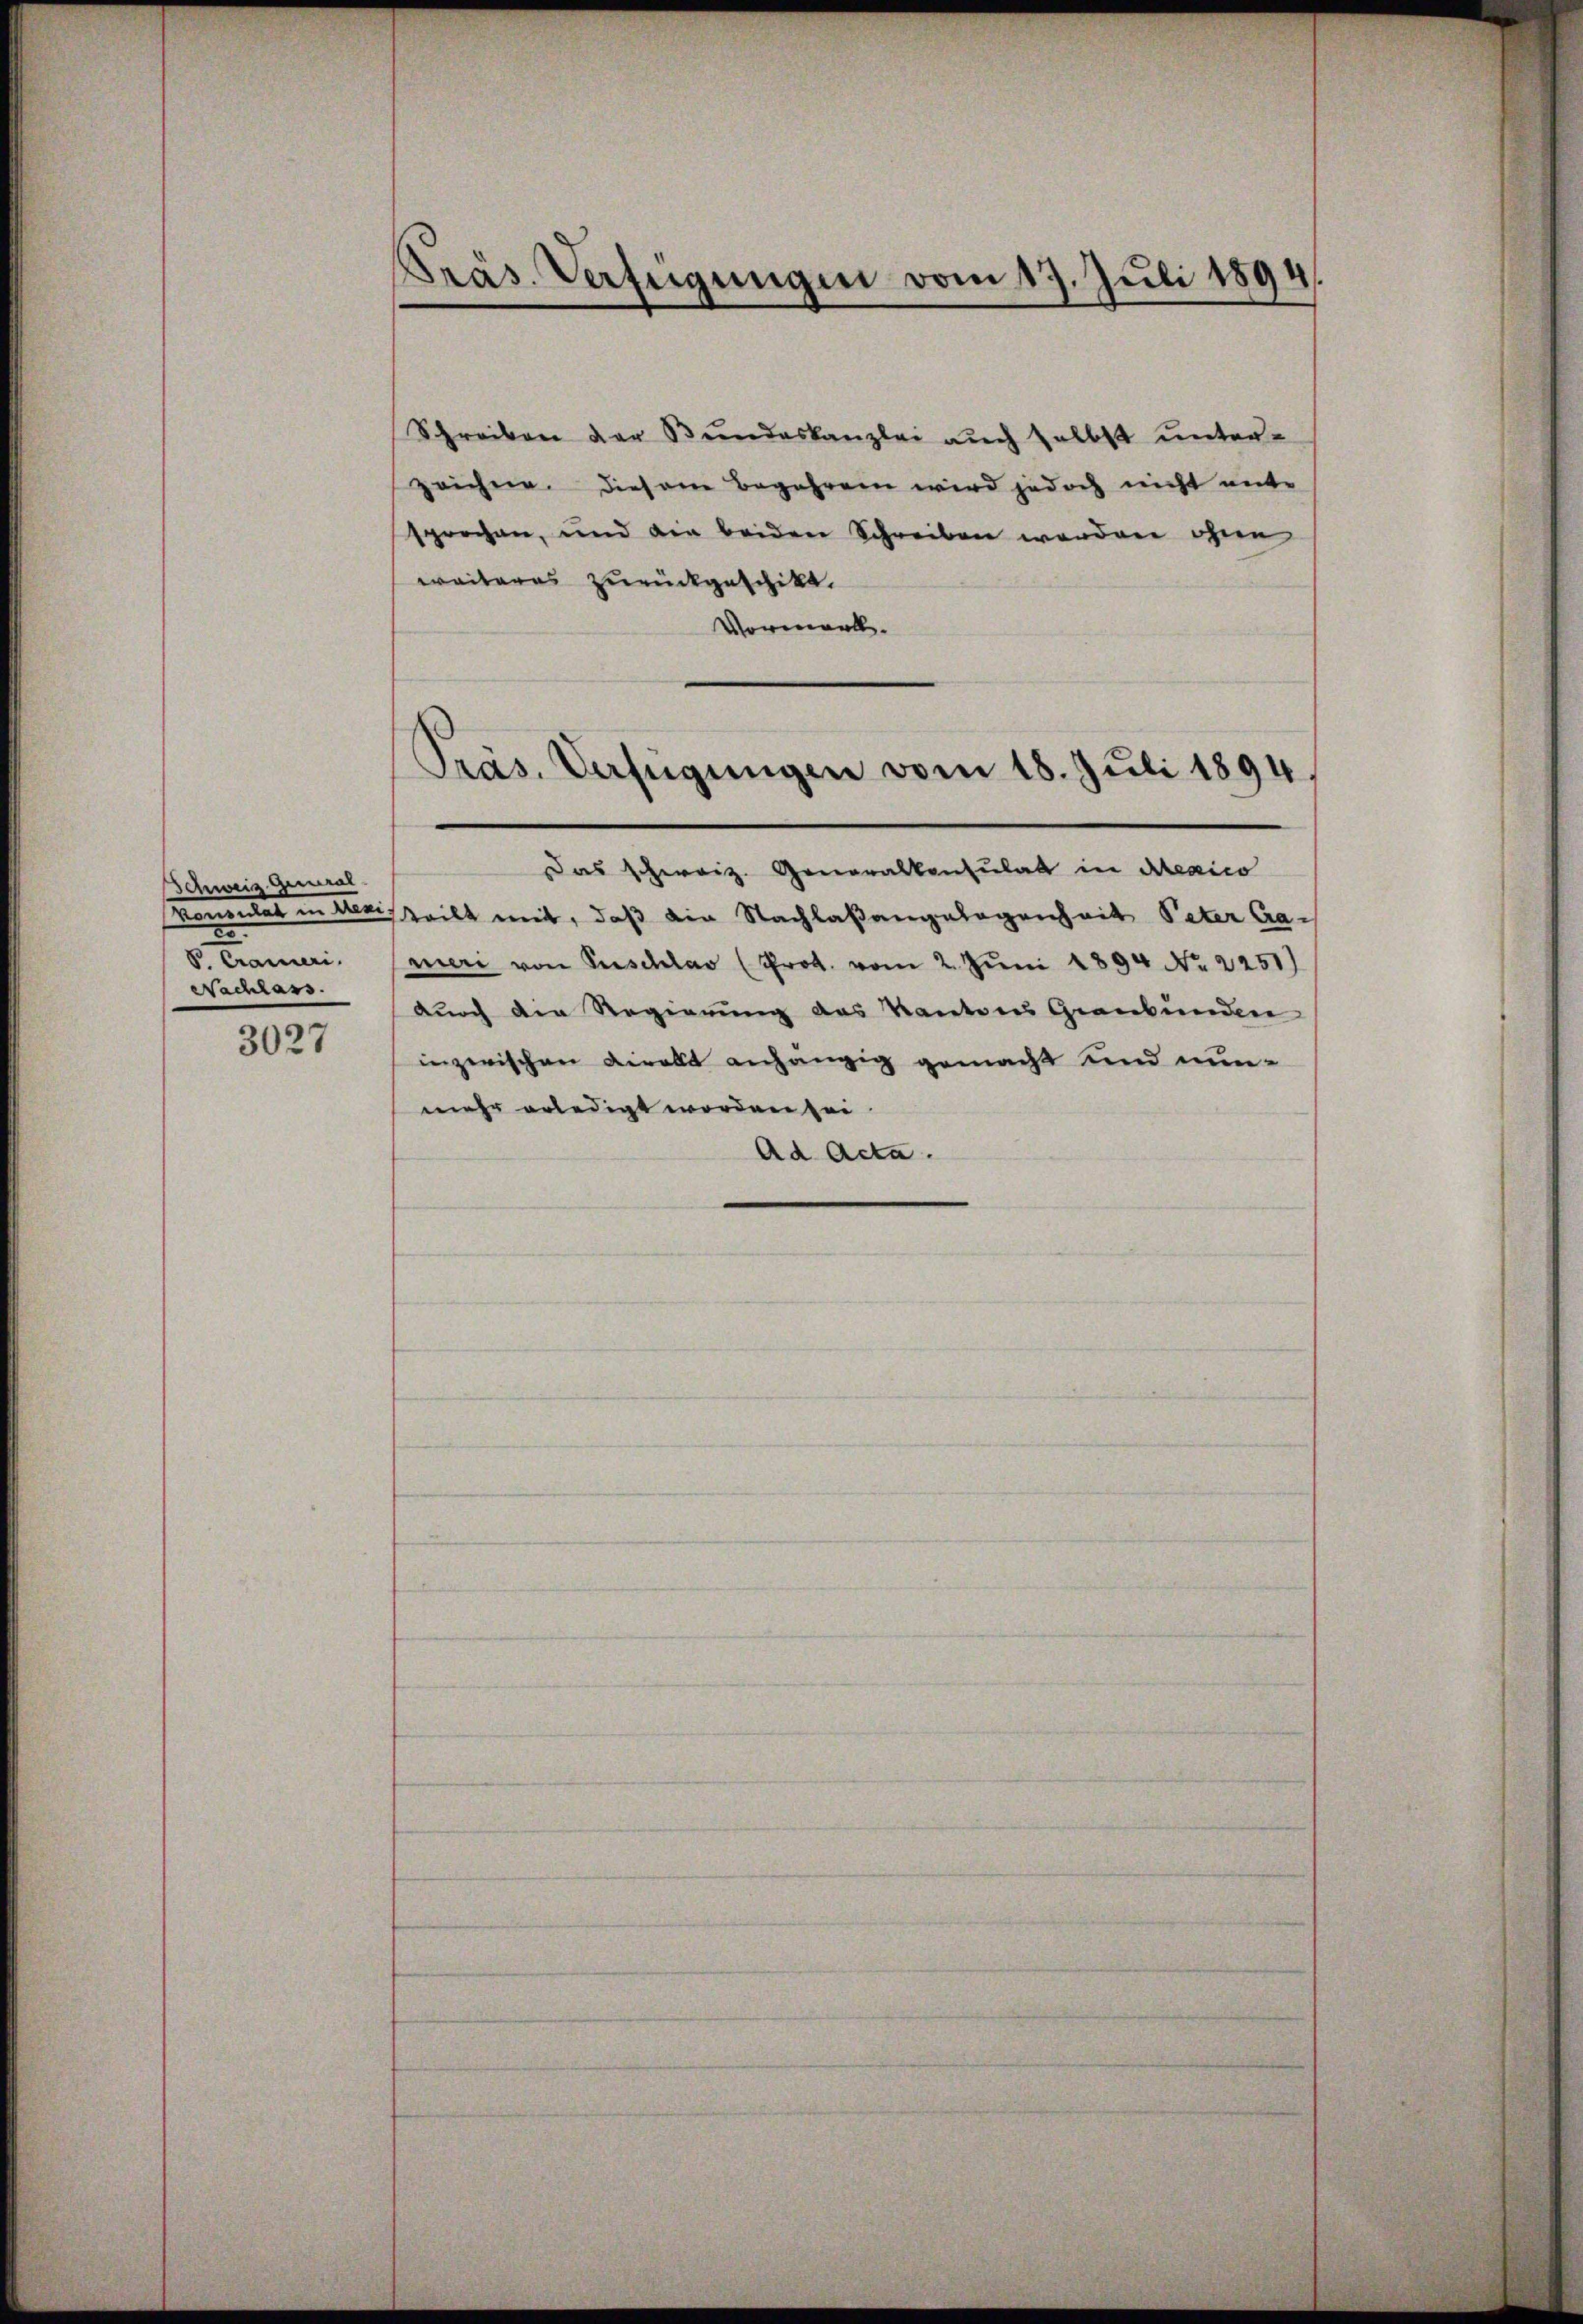
Schweiz Gewal
e
8. Crameri
Nachlass.

3027

Präs. Verfügungen vom 17. Juli 1894,

Schreiben der Bundeskanzlei auch selbst unterzeichne. Diesem Begehren wird jedoch nicht unte
sprochen, und die beiden Schreiben werden ohnen
weiteres zurückgeschikt.
Vormell.
Das schweiz. Generalkonsulat in Mexico
konsulat in dersteilt mit, daß die Nachlaßangelegenheit Peter Grameri von Perschlav (Prot. vom 2. Juni 1894 No. 2251)
durch die Regierung des Kantons Graubünden
inzerischen viralt anhängig gemacht und nunmehr erledigt worden sei
Ad Acta.

Präs. Verfügungen vom 18. Juli 1894